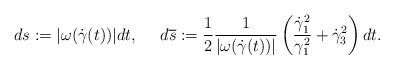
LaTeX: \begin{align*}d{s}:=|\omega(\dot{\gamma}(t))|dt,~~~~d\overline{s}:=\frac{1}{2}\frac{1}{|\omega(\dot{\gamma}(t))|}\left(\frac{\dot{\gamma}_1^2}{\gamma_1^2}+\dot{\gamma}_3^2\right)dt.\end{align*}